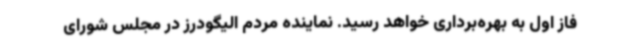
فاز اول به بهره‌برداری خواهد رسید. نماینده مردم الیگودرز در مجلس شورای